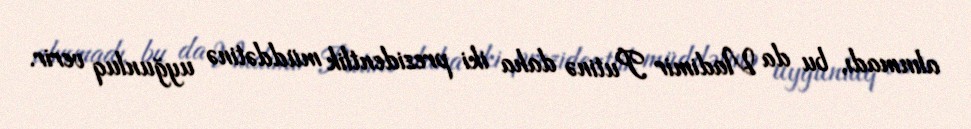
alınmadı, bu da Vladimir Putinə daha iki prezidentlik müddətinə uyğunluq verir.